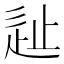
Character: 𰺵